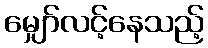
မျှော်လင့်နေသည့်